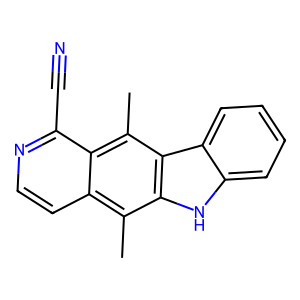
SMILES: Cc1c2ccnc(C#N)c2c(C)c2c1[nH]c1ccccc12
Inhibits HIV replication: No